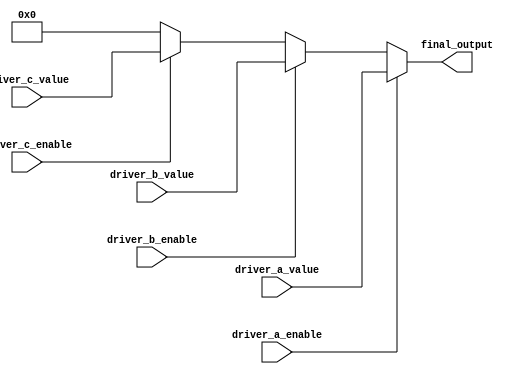
module multiple_drivers_example (
    input wire driver_a_enable,
    input wire driver_b_enable,
    input wire driver_c_enable,
    input wire [7:0] driver_a_value,
    input wire [7:0] driver_b_value,
    input wire [7:0] driver_c_value,
    output wire [7:0] final_output
);

// Declaration of the signal as a wire
wire [7:0] final_signal;

// Resolution logic using priority encoding
assign final_signal = (driver_a_enable) ? driver_a_value : 
                      (driver_b_enable) ? driver_b_value : 
                      (driver_c_enable) ? driver_c_value : 
                      8'b0; // Default output if no driver enables

// Continuous assignment to the final output
assign final_output = final_signal;

endmodule